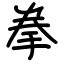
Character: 拳